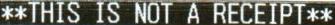
**THIS IS NOT A RECEIPT**